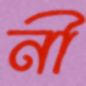
নী